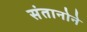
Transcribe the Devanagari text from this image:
संतानोने